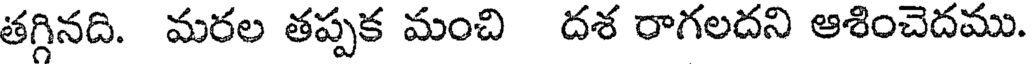
తగ్గినది. మరల తప్పక మంచి దశ రాగలదని ఆశించెదము.